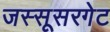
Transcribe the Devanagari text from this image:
जस्सूसरगेट